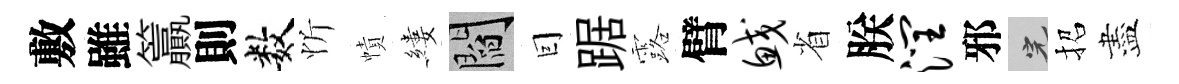
敷雖籯則数忻幘縷閻囙踞露臂鲛省朕润邪完招盡